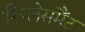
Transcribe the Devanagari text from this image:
रिप्लेसमैंट